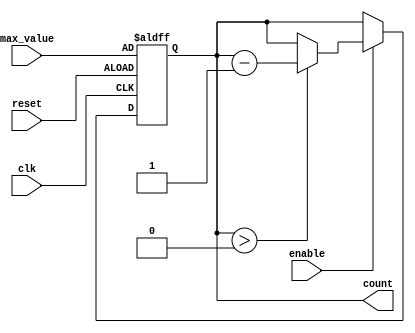
module down_counter (
    input wire clk,         // Clock signal
    input wire enable,      // Enable signal
    input wire reset,       // Asynchronous reset signal
    input wire [N-1:0] max_value, // Maximum value (N)
    output reg [N-1:0] count // Current count value
);
    parameter N = 8; // Specify the width of the counter (e.g., 8 bits)

    // Asynchronous reset and counting logic
    always @(posedge clk or posedge reset) begin
        if (reset) begin
            count <= max_value; // Reset the counter to N
        end else if (enable) begin
            if (count > 0) begin
                count <= count - 1; // Decrement the counter
            end
        end
        // If enable is low, count retains its value (no action needed)
    end
endmodule